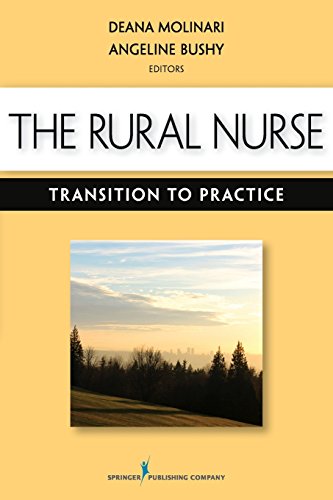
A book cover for The Rural Nurse: Transition to Practice; Medical Books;